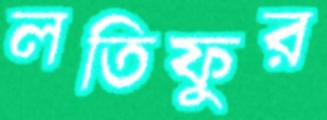
লতিফুর